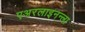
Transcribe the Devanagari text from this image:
एअरलाइनन्ला